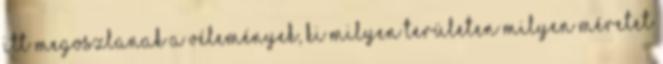
itt megoszlanak a vélemények, ki milyen területen milyen méretet